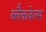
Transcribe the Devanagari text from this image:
ब्‍लैकवेल्‍स